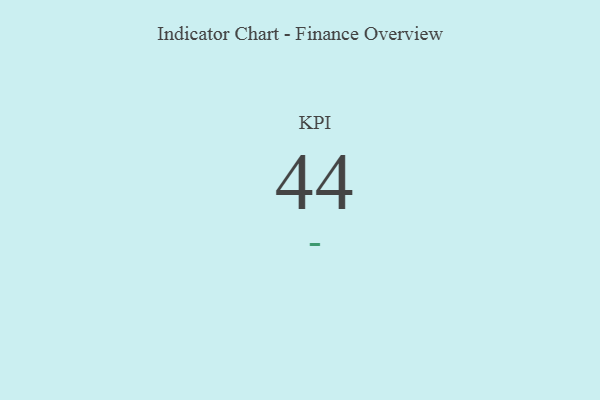
{"axis": {"x": "KPI", "y": "Value"}, "legend": [""], "data": [{"x": "KPI", "y": 44, "type": ""}]}